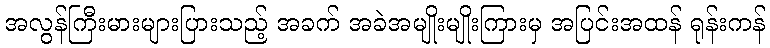
အလွန်ကြီးမားများပြားသည့် အခက် အခဲအမျိုးမျိုးကြားမှ အပြင်းအထန် ရုန်းကန်